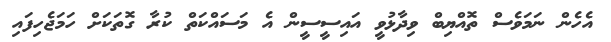
އެހެން ނަމަވެސް ތޮއްޔިބް ވިދާޅުވީ އައިސީސީން އެ މަސައްކަތް ކުރާ ގޮތަކަށް ހަމަޖެހިފައި